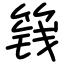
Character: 篯